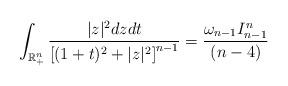
LaTeX: \begin{align*}\int_{\mathbb{R}_{+}^{n}}\frac{|z|^{2}dzdt}{\left[(1+t)^{2}+|z|^{2}\right]^{n-1}}=\frac{\omega_{n-1}I_{n-1}^{n}}{(n-4)}\end{align*}